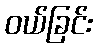
ဝယ်ခြင်း